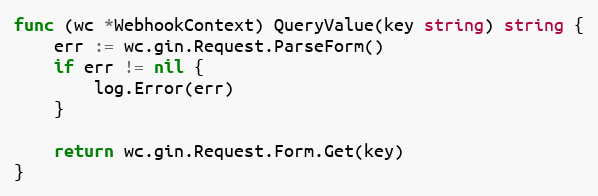
Language: Go
func (wc *WebhookContext) QueryValue(key string) string {
	err := wc.gin.Request.ParseForm()
	if err != nil {
		log.Error(err)
	}

	return wc.gin.Request.Form.Get(key)
}